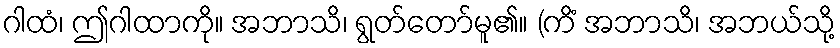
ဂါထံ၊ ဤဂါထာကို။ အဘာသိ၊ ရွတ်တော်မူ၏။ (ကိံ အဘာသိ၊ အဘယ်သို့